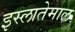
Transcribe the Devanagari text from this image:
इस्लातेमाल